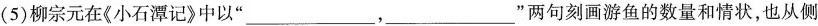
(5)柳宗元在《小石潭记》中以”___，___”两句刻画游鱼的数量和情状，也从侧